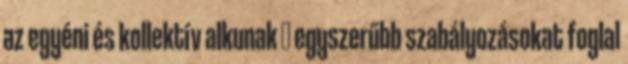
az egyéni és kollektív alkunak  egyszerűbb szabályozásokat foglal